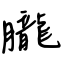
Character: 朧